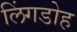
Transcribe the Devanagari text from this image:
लिंगडोह